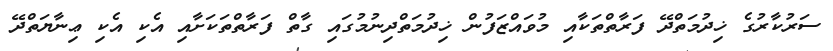
ސަރުކާރުގެ ޚިދުމަތްދޭ ފަރާތްތަކާއި މުވައްޒަފުން ޚިދުމަތްދިނުމުގައި ގާތް ފަރާތްތަކަށާއި އެކި އެކި ޢިނާޔަތްދޭ